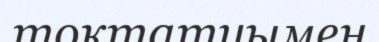
тоқтатуымен